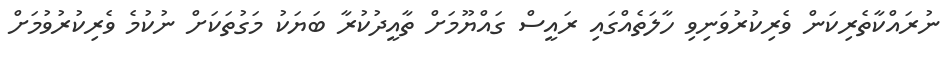
ނުރައްކާތެރިކަން ވެރިކުރުވަނިވި ހާލަތެއްގައި ރައީސް ގައްޔޫމަށް ތާއީދުކުރާ ބަޔަކު މަގުތަކަށް ނުކުމެ ވެރިކުރުވުމަށް